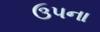
ઉપના